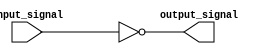
module inverter (
    input wire input_signal,
    output reg output_signal
);

// Combinational logic block
always @ (*) begin
    output_signal = ~input_signal; // Inverting the input signal using a NOT gate
end

endmodule